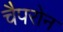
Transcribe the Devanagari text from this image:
चैपरोन